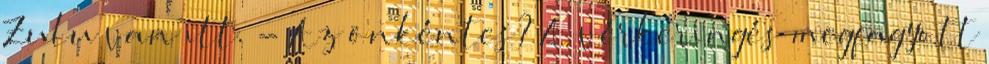
Zulu van itt. - Az önkéntes? A vérkeringés megfagyott